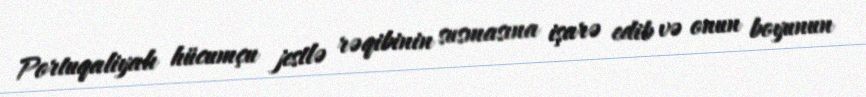
Portuqaliyalı hücumçu jestlə rəqibinin susmasına işarə edib və onun boyunun